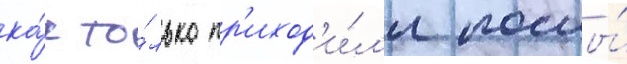
ка́к то́лько пр'иход'и́л'и послы́